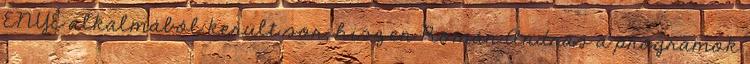
ENYE alkalmából került sor, hiszen Román András a programok